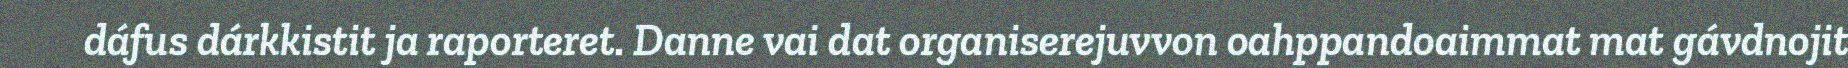
dáfus dárkkistit ja raporteret. Danne vai dat organiserejuvvon oahppandoaimmat mat gávdnojit